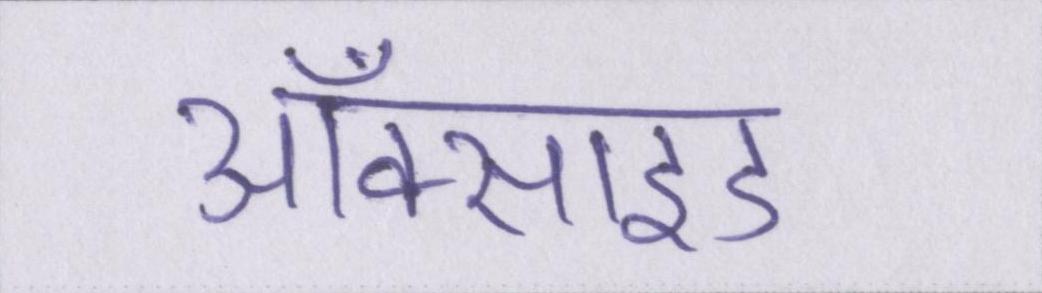
ऑक्साइड